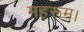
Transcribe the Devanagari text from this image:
महरूम।